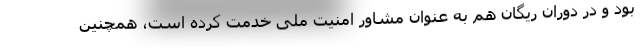
بود و در دوران ریگان هم به عنوان مشاور امنیت ملی خدمت کرده است، همچنین